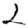
Digit: 2